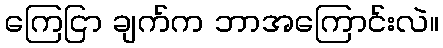
ကြေငြာ ချက်က ဘာအကြောင်းလဲ။